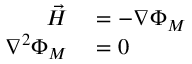
\begin{array} { r l } { { \vec { H } } } & { { } = - \nabla \Phi _ { M } } \\ { \nabla ^ { 2 } \Phi _ { M } } & { { } = 0 } \end{array}